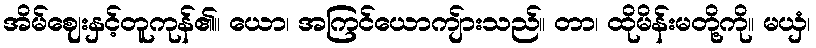
အိမ်ဈေးနှင့်တူကုန်၏။ ယော၊ အကြင်ယောကျ်ားသည်။ တာ၊ ထိုမိန်းမတို့ကို။ မယှံ၊